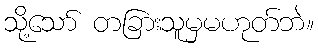
သို့သော် တခြားသူမှမဟုတ်ဘဲ။